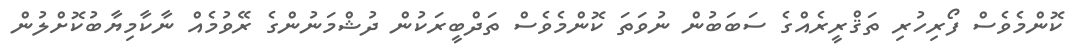
ކޮންމެވެސް ފޯރިހުރި ތަޤްރީރެއްގެ ސަބަބުން ނުވަތަ ކޮންމެވެސް ތަދްބީރަކުން ދުޝްމަނުންގެ ރޭވުމެއް ނާކާމިޔާބުކޮށްލުން